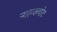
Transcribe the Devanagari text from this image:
नाहकचोट